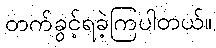
တက်ခွင့်ရခဲ့ကြပါတယ်။